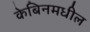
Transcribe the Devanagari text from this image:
केबिनमधील